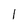
Character: 1